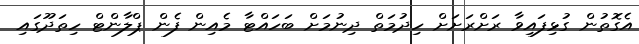
އެގޮތުން ގުޅިފައިވާ ރަށްރަށަށް ހިދުމަތް ދިނުމަށް ބަހައްޓާ މެއިން ފެން ޕްލާންޓް ހިތަދޫގައި